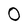
Character: O